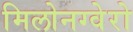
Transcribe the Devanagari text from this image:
मिलोनग्वेरो